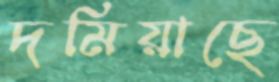
দমিয়াছে